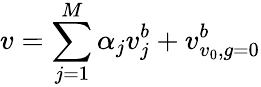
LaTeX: v=\sum_{j=1}^{M}\alpha_{j}v_{j}^{b}+v_{v_{0},g=0}^{b}